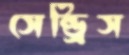
সেন্ড্রিস